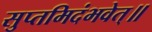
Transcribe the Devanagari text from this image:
सुप्तमिदंभवेत्॥